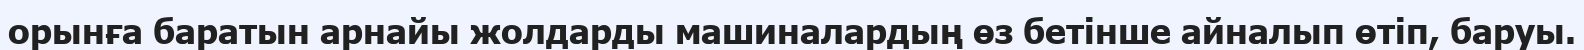
орынға баратын арнайы жолдарды машиналардың өз бетінше айналып өтіп, баруы.